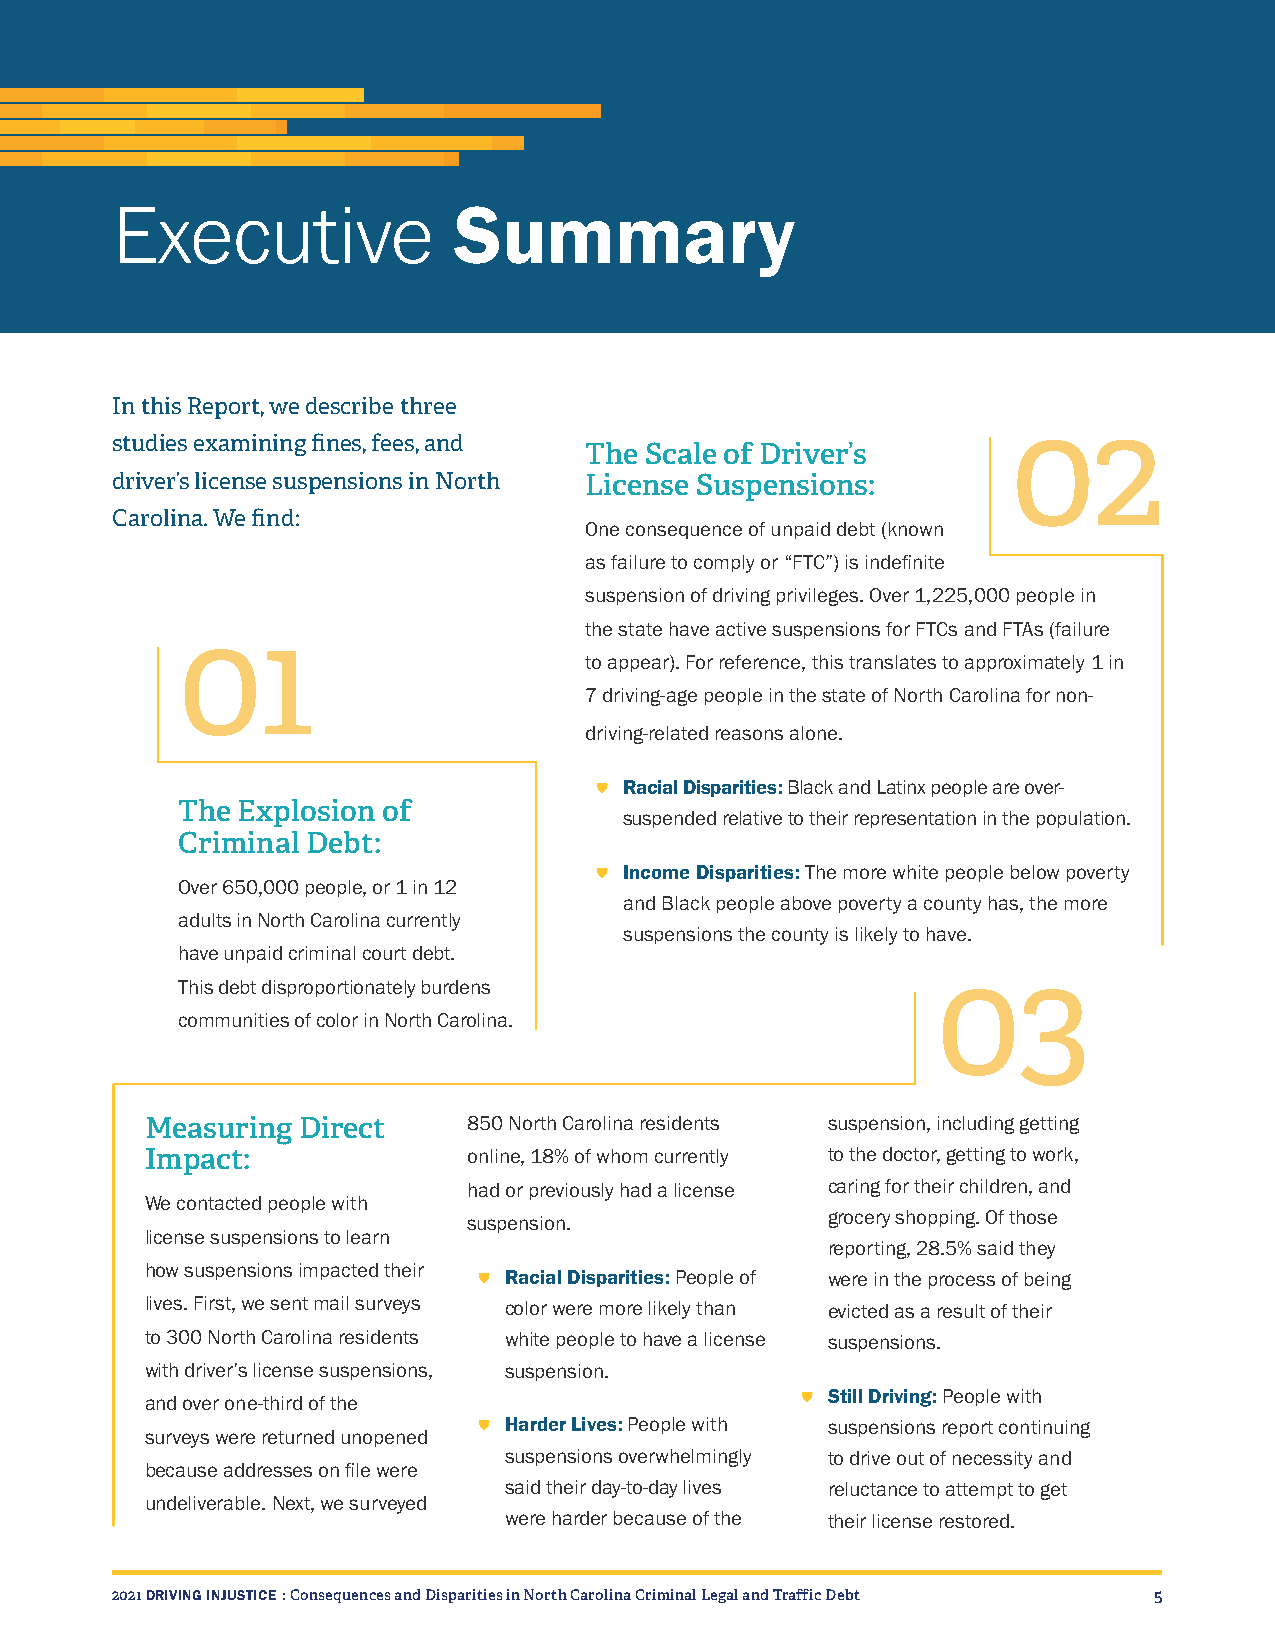
Executive              Summary
 In this Report, we describe three
 02
 studies examining fines, fees, and
 The Scale of Driver’s
 driver’s license suspensions in North License Suspensions:
 Carolina. We find:
 One consequence of unpaid debt (known
 as failure to comply or “FTC”) is indefinite
 suspension of driving privileges. Over 1,225,000 people in
 the state have active suspensions for FTCs and FTAs (failure
 01
 to appear). For reference, this translates to approximately 1 in
 7 driving-age people in the state of North Carolina for non-
 driving-related reasons alone.
 • Racial Disparities: Black and Latinx people are over-
 The Explosion of
 suspended relative to their representation in the population.
 Criminal Debt:
 • Income Disparities: The more white people below poverty
 Over 650,000 people, or 1 in 12
 and Black people above poverty a county has, the more
 adults in North Carolina currently
 suspensions the county is likely to have.
 have unpaid criminal court debt.
 03
 This debt disproportionately burdens
 communities of color in North Carolina.
 Measuring Direct     850 North Carolina residents suspension, including getting
 Impact:              online, 18% of whom currently to the doctor, getting to work,
 had or previously had a license caring for their children, and
 We contacted people with
 suspension.             grocery shopping. Of those
 license suspensions to learn
 reporting, 28.5% said they
 how suspensions impacted their • Racial Disparities: People of were in the process of being
 lives. First, we sent mail surveys color were more likely than evicted as a result of their
 to 300 North Carolina residents white people to have a license suspensions.
 with driver’s license suspensions, suspension.
 • Still Driving: People with
 and over one-third of the
 • Harder Lives: People with suspensions report continuing
 surveys were returned unopened
 suspensions overwhelmingly to drive out of necessity and
 because addresses on file were
 said their day-to-day lives reluctance to attempt to get
 undeliverable. Next, we surveyed
 were harder because of the their license restored.
 2021 DRIVING INJUSTICE : Consequences and Disparities in North Carolina Criminal Legal and Traffic Debt 5